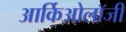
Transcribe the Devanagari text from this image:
आर्किओलॉजी